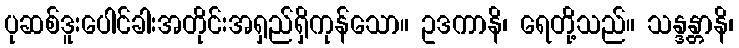
ပုဆစ်ဒူးပေါင်ခါးအတိုင်းအရှည်ရှိကုန်သော။ ဥဒကာနိ၊ ရေတို့သည်။ သန္ဒန္တာနိ၊